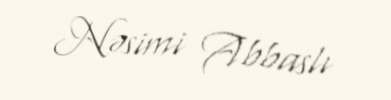
Nəsimi Abbaslı